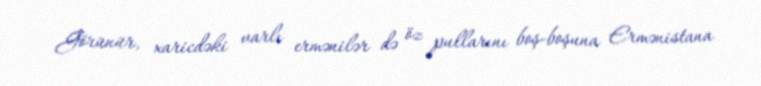
Görünür, xaricdəki varlı ermənilər də öz pullarını boş-boşuna Ermənistana